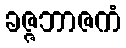
ခဇ္ဇဘာဇကံ